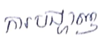
ការបង្ហាញ